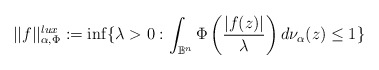
\begin{align*}||f||^{lux}_{\alpha,\Phi}:=\inf\{\lambda>0: \int_{\mathbb B^n}\Phi\left(\frac{|f(z)|}{\lambda}\right)d\nu_{\alpha}(z)\le 1\}\end{align*}